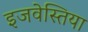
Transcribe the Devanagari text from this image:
इजवेस्तिया